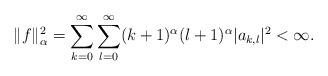
LaTeX: \begin{align*}\|f\|^2_{\alpha}=\sum_{k=0}^{\infty}\sum_{l=0}^{\infty}(k+1)^{\alpha}(l+1)^{\alpha}|a_{k,l}|^2<\infty.\end{align*}